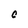
Character: C